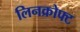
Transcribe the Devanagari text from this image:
लिनक्रोफ्ट